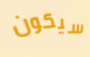
سيكون